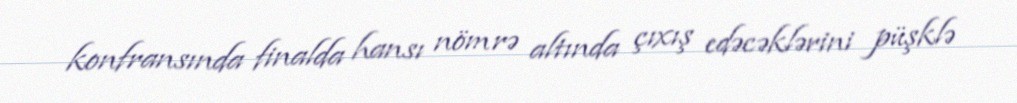
konfransında finalda hansı nömrə altında çıxış edəcəklərini püşklə